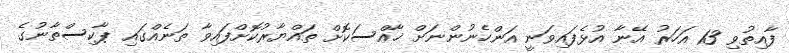
ފާއިތުވި 13 އަހަރު އޭނާ އުޅެފައިވަނީ އަންހެނުންނަށް ޚާއްސަކޮށް ތައްޔާރުކޮށްފައިވާ ތަނެއްގައި ޕާކިސްތާނުގެ